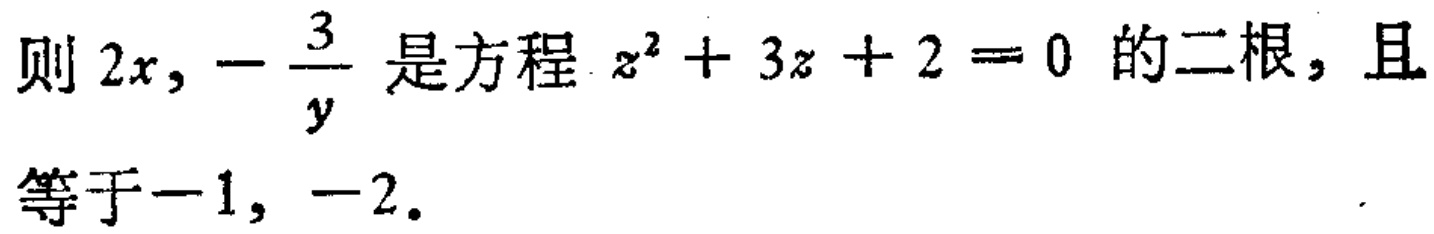
则 \(2x,-\dfrac{3}{y}\) 是方程 \(z^{2}+3z + 2 = 0\) 的二根，且等于\(-1\)，\(-2\)。